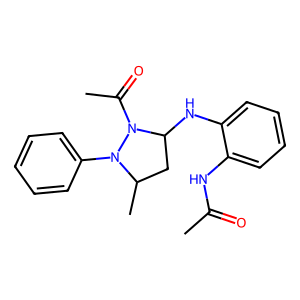
SMILES: CC(=O)Nc1ccccc1NC1CC(C)N(c2ccccc2)N1C(C)=O
Inhibits HIV replication: No